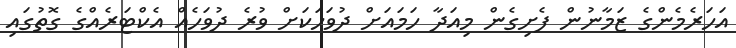
އަހަރެމެންގެ ޒަމާނުން ފެށިގެން މިއަދާ ހަމައަށް ދުވަހަކަށް ވުރެ ދުވަހެއް އެކްޓަރެއްގެ ގޮތުގައި